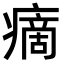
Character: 𤹞